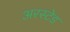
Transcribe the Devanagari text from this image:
अरस्टेड